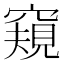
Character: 窺